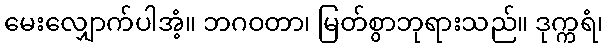
မေးလျှောက်ပါအံ့။ ဘဂဝတာ၊ မြတ်စွာဘုရားသည်။ ဒုက္ကရံ၊